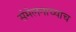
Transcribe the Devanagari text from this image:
संमेलनाच्याच